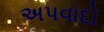
અપવાદો